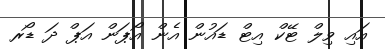
އައި ވިލް ޓޭކް އިޓް ޑައުން އެން އޯޕަން އަޕް ދަ ޑޯރ